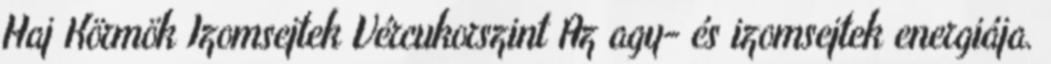
Haj Körmök Izomsejtek Vércukorszint Az agy- és izomsejtek energiája.